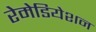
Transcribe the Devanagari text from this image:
रेमेडियेशन